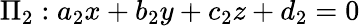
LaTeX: \Pi_{2}:a_{2}x+b_{2}y+c_{2}z+d_{2}=0